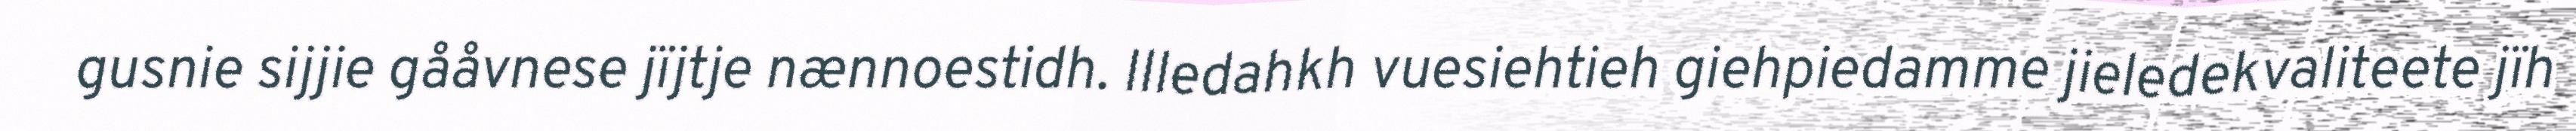
gusnie sijjie gååvnese jïjtje nænnoestidh. Illedahkh vuesiehtieh giehpiedamme jieledekvaliteete jïh